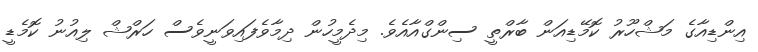
އިންޑިއާގެ މަޝްހޫރު ކޮމޭޑިއަން ބާރްތީ ސިންގްއާއެވެ. މިދެމީހުން ދިމާވެފައިވަނީވެސް ހަރްޝް ލިއުނު ކޮމެޑީ